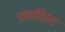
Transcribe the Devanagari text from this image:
प्रभावाित